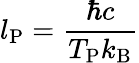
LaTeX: l_{\mathrm{P}}={\frac{\hbar c}{T_{\mathrm{P}}k_{\mathrm{B}}}}